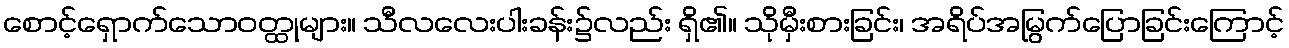
စောင့်ရှောက်သောဝတ္ထုများ။ သီလလေးပါးခန်း၌လည်း ရှိ၏။ သိုမှီးစားခြင်း၊ အရိပ်အမြွက်ပြောခြင်းကြောင့်